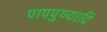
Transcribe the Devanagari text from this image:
पापपुण्यादि